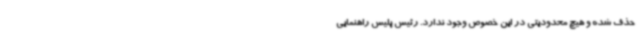
حذف شده و هیچ محدودیتی در این خصوص وجود ندارد. رئیس پلیس راهنمایی